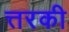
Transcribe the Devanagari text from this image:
त्तरकी